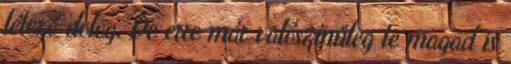
létező dolog. De erre már valószínűleg te magad is